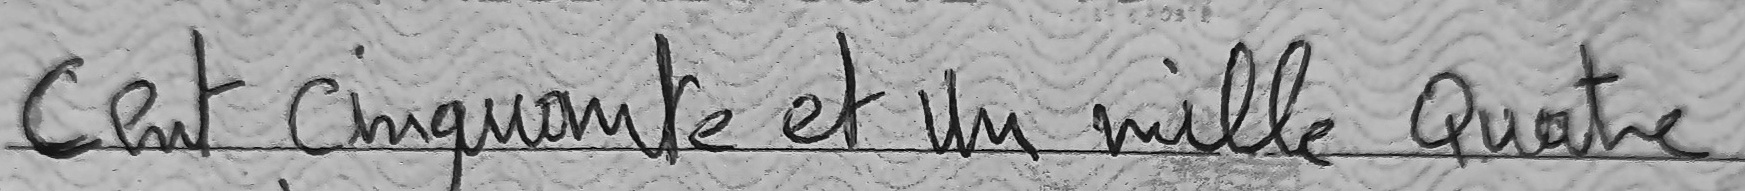
cent cinquante et un mille Quatre